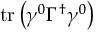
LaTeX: \operatorname { t r } \left( \gamma ^ { 0 } \Gamma ^ { \dagger } \gamma ^ { 0 } \right)